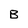
Character: B